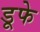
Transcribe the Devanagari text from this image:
डूफे